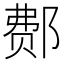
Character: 𰻳